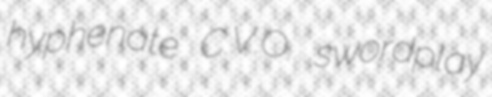
hyphenate C.V.O. swordplay